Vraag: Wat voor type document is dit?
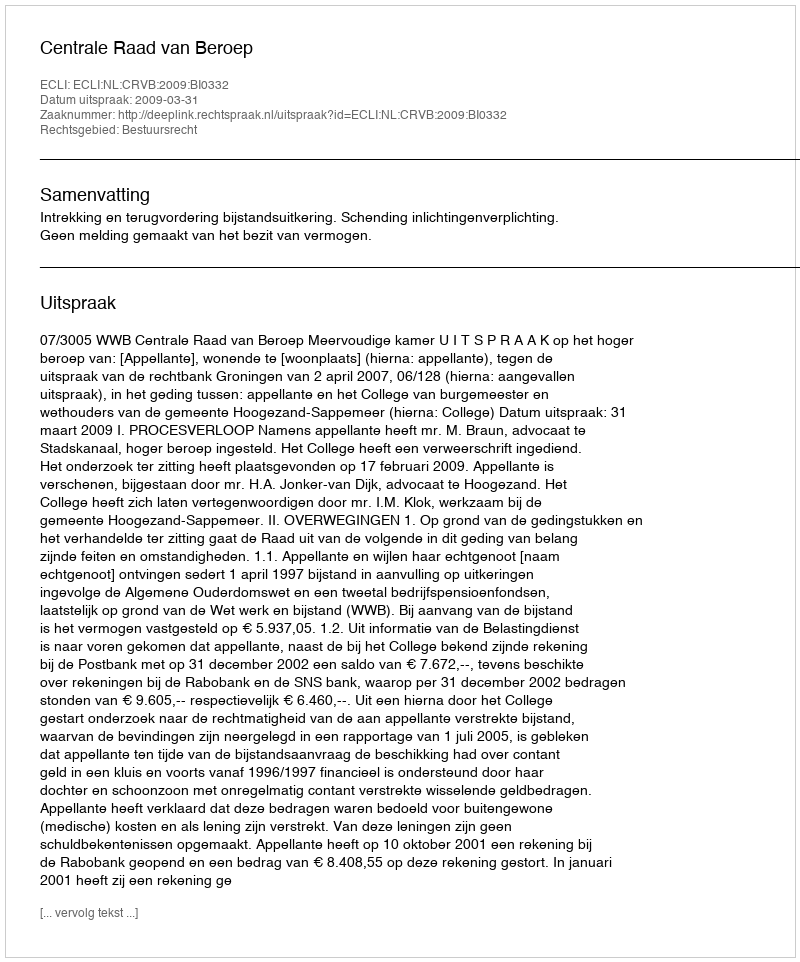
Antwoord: Uitspraak